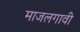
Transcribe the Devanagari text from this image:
माजलगावी